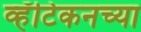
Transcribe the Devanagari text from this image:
व्हॅटिकनच्या